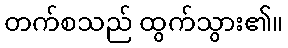
တက်စသည် ထွက်သွား၏။